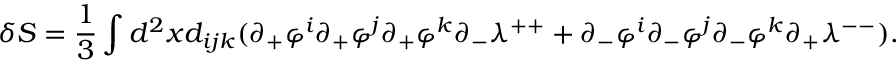
\delta S = \frac { 1 } { 3 } \int d ^ { 2 } x d _ { i j k } ( \partial _ { + } \varphi ^ { i } \partial _ { + } \varphi ^ { j } \partial _ { + } \varphi ^ { k } \partial _ { - } \lambda ^ { + + } + \partial _ { - } \varphi ^ { i } \partial _ { - } \varphi ^ { j } \partial _ { - } \varphi ^ { k } \partial _ { + } \lambda ^ { -- } ) .